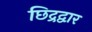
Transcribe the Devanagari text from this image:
छिद्रद्वार